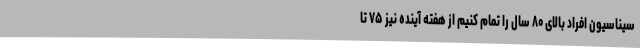
سیناسیون افراد بالای ۸۰ سال را تمام کنیم از هفته آینده نیز ۷۵ تا